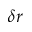
\delta r